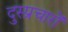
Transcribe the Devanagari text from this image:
दुस्प्रचारों